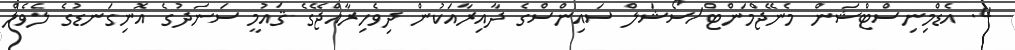
4. އެޑްމިނިސްޓްޝަން މެނޭޖްމަންޓް/ސޯޝަލް ސައިންސްގެ ދާއިރާއަކުން ދިވެހިރާއްޖޭގެ ޤައުމީ ސަނަދުގެ އޮނިގަނޑުގެ ލެވެލް